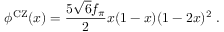
\phi ^ { \mathrm { C Z } } ( x ) = \frac { 5 \sqrt { 6 } f _ { \pi } } { 2 } x ( 1 - x ) ( 1 - 2 x ) ^ { 2 } \; .